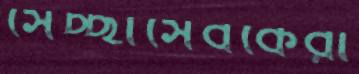
সেচ্ছাসেবকেরা